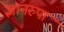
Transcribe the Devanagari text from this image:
ज्ञानरुपा